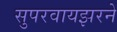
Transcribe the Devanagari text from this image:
सुपरवायझरने